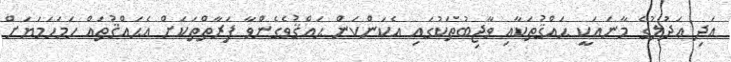
އަދި ޢަދުލުގެ މާނައަކީ ޙައްޤުތަކާއި ވާޖިބުތަކުގައި އެކަންކަން ޙައްޤުވެގެންވާ ފަރާތްތަކަށް އެޙައްޤުތައް ހަމަހަމަޔަށް